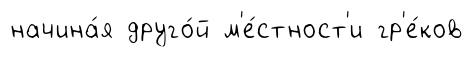
начина́я друго́й м'е́стност'и гр'е́ков